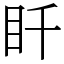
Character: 䀒